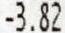
-3.82